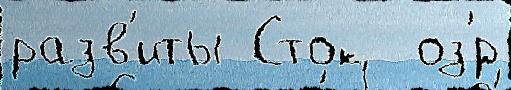
разв'иты Сток  оз'́р